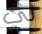
لي